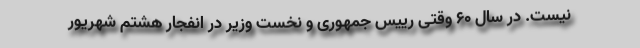
نیست. در سال 60 وقتی رییس جمهوری و نخست وزیر در انفجار هشتم شهریور